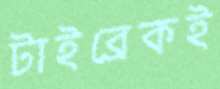
টাইব্রেকই